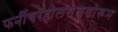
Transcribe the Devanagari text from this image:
फर्नीचरहोलसेलशोरूम